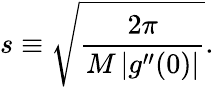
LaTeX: s\equiv{\sqrt{\frac{2\pi}{M\left|g^{\prime\prime}(0)\right|}}}.